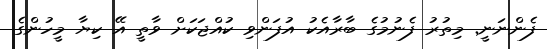
ފެންނަނީ